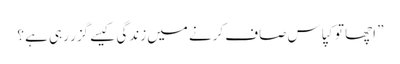
” اچھا تو کپاس صاف کرنے میں زندگی کیسے گزر رہی ہے ؟